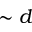
\sim d